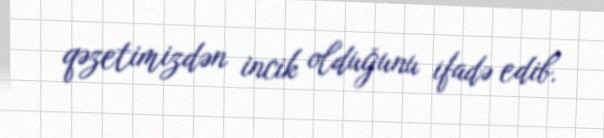
qəzetimizdən incik olduğunu ifadə edib.